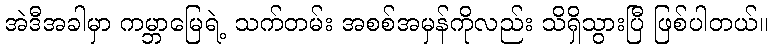
အဲဒီအခါမှာ ကမ္ဘာမြေရဲ့ သက်တမ်း အစစ်အမှန်ကိုလည်း သိရှိသွားပြီ ဖြစ်ပါတယ်။